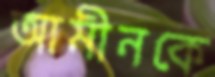
আমীনকে